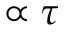
\propto \tau